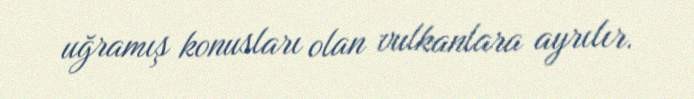
uğramış konusları olan vulkanlara ayrılır.